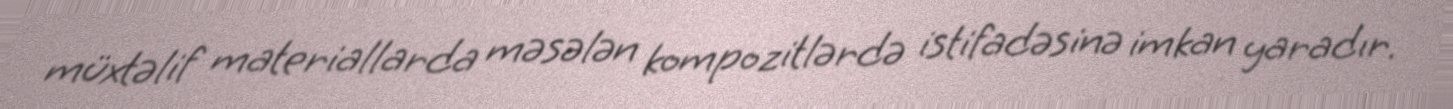
müxtəlif materiallarda məsələn kompozitlərdə istifadəsinə imkan yaradır.